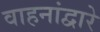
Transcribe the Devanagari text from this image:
वाहनांद्वारे